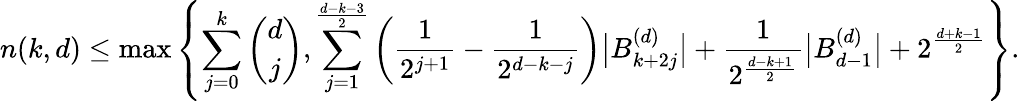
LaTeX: n(k,d)\leq\operatorname*{max}\left\{ \sum_{j=0}^{k}\binom{d}{j},\sum_{j=1}^{\frac{d-k-3}{2}}\bigg(\frac{1}{2^{j+1}}-\frac{1}{2^{d-k-j}}\bigg)\big|B_{k+2j}^{(d)}\big|+\frac{1}{2^{\frac{d-k+1}{2}}}\big|B_{d-1}^{(d)}\big|+2^{\frac{d+k-1}{2}}\right\} .